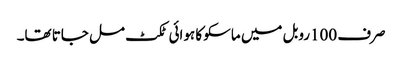
صرف 100روبل میں ماسکو کا ہوائی ٹکٹ مل جاتا تھا۔